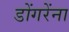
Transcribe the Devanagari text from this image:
डोंगरेंना